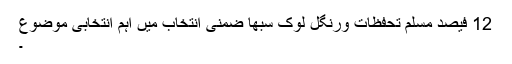
12 فیصد مسلم تحفظات ورنگل لوک سبھا ضمنی انتخاب میں اہم انتخابی موضوع
۔